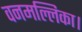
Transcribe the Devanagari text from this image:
वनमल्लिका।